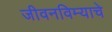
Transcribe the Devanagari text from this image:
जीवनविम्याचे